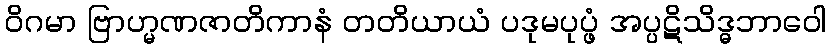
ဝိဂမာ ဗြာဟ္မဏဇာတိကာနံ တတိယာယံ ပဒုမပုပ္ဖံ အပ္ပဋိသိဒ္ဓဘာဝေါ